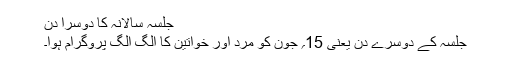
جلسہ سالانہ کا دوسرا دن
جلسہ کے دوسرے دن یعنی 15؍ جون کو مرد اور خواتین کا الگ الگ پروگرام ہوا۔